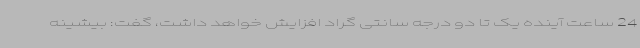
24 ساعت آینده یک تا دو درجه سانتی گراد افزایش خواهد داشت، گفت: بیشینه